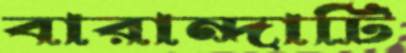
বারান্দাটি